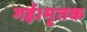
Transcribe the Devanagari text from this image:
गई।मृतक